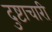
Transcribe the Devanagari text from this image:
दुष्टाचारी